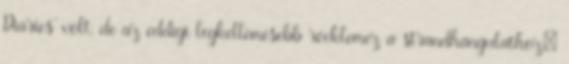
Diaries’ volt, de az eddigi legkellemesebb rocklemez a strandhangulathoz;